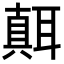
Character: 𦗁